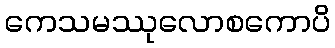
ကေသမဿုလောစကောပိ